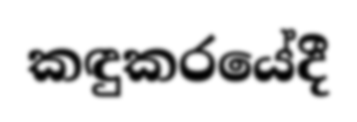
කඳුකරයේදී